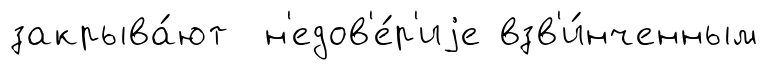
закрыва́ют н'едов'е́р'иjе взв'и́нченным